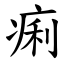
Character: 痢